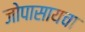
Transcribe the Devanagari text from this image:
जोपासायचा